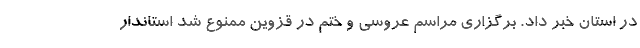
در استان خبر داد. برگزاری مراسم عروسی و ختم در قزوین ممنوع شد استاندار